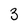
Character: 3